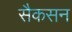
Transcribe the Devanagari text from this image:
सैकसन